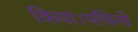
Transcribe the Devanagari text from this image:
किया।पचिनो